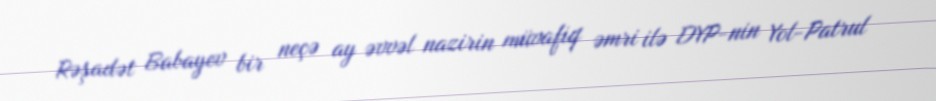
Rəşadət Babayev bir neçə ay əvvəl nazirin müvafiq əmri ilə DYP-nin Yol-Patrul